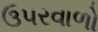
ઉપરવાળો